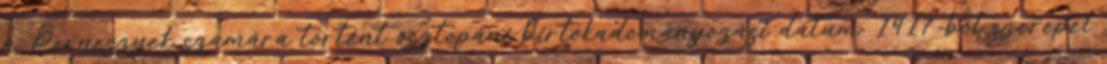
a Perneszyek számára történt osztopáni birtokadományozási dátum. 1417-ből szerepel